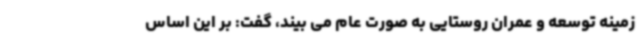
زمینه توسعه و عمران روستایی به صورت عام می بیند، گفت: بر این اساس